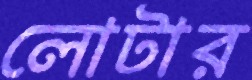
লোটার